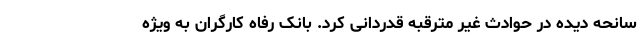
سانحه دیده در حوادث غیر مترقبه قدردانی کرد. بانک رفاه کارگران به ویژه